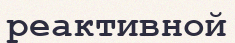
реактивной